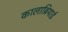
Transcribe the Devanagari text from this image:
कालाब्रियाई